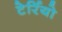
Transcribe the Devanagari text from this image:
टेर्रियो